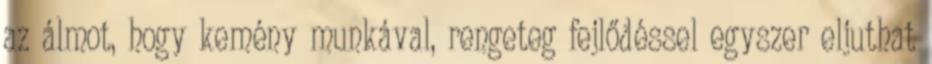
az álmot, hogy kemény munkával, rengeteg fejlődéssel egyszer eljuthat